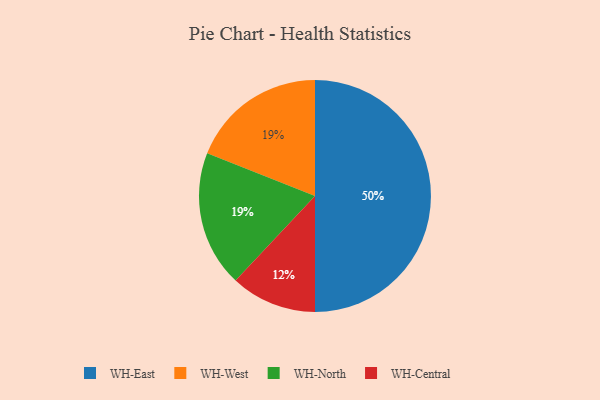
{"axis": {"x": "Category", "y": "Percentage"}, "legend": ["WH-Central", "WH-East", "WH-North", "WH-West"], "data": [{"x": "WH-East", "y": 50, "type": "WH-East"}, {"x": "WH-Central", "y": 12, "type": "WH-Central"}, {"x": "WH-West", "y": 19, "type": "WH-West"}, {"x": "WH-North", "y": 19, "type": "WH-North"}]}